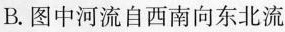
B.图中河流自西南向东北流